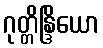
ဂုတ္တိန္ဒြိယော